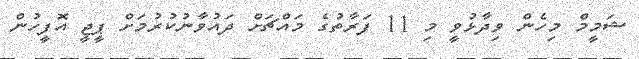
ޝަމީމް މިހެން ވިދާޅުވީ މި 11 ފަރާތުގެ މައްޗަށް ދައުވާނުކުރުމަށް ޕީޖީ އޮފީހުން